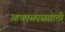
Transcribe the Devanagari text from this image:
आयएसएससाठी